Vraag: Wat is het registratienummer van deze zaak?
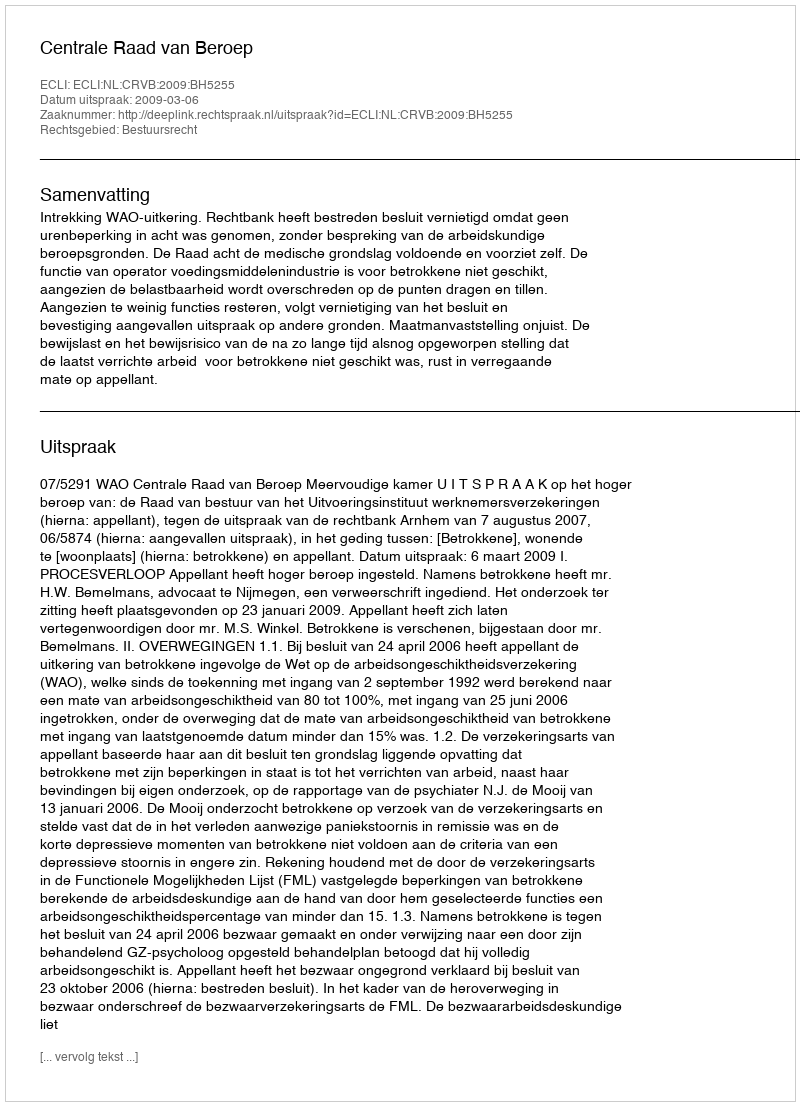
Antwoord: http://deeplink.rechtspraak.nl/uitspraak?id=ECLI:NL:CRVB:2009:BH5255